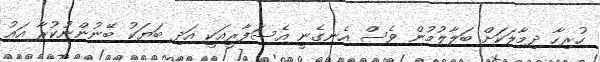
ހުރިހާ ދިމާލަކަށް ބަލާލުމުން ވެސް އެނގެނީ އެސަފާރީއަކީ އަދި ބަޔަކު ބޭނުންނުކުރާ އައު